Trukikaitis_Postimees, lk 76
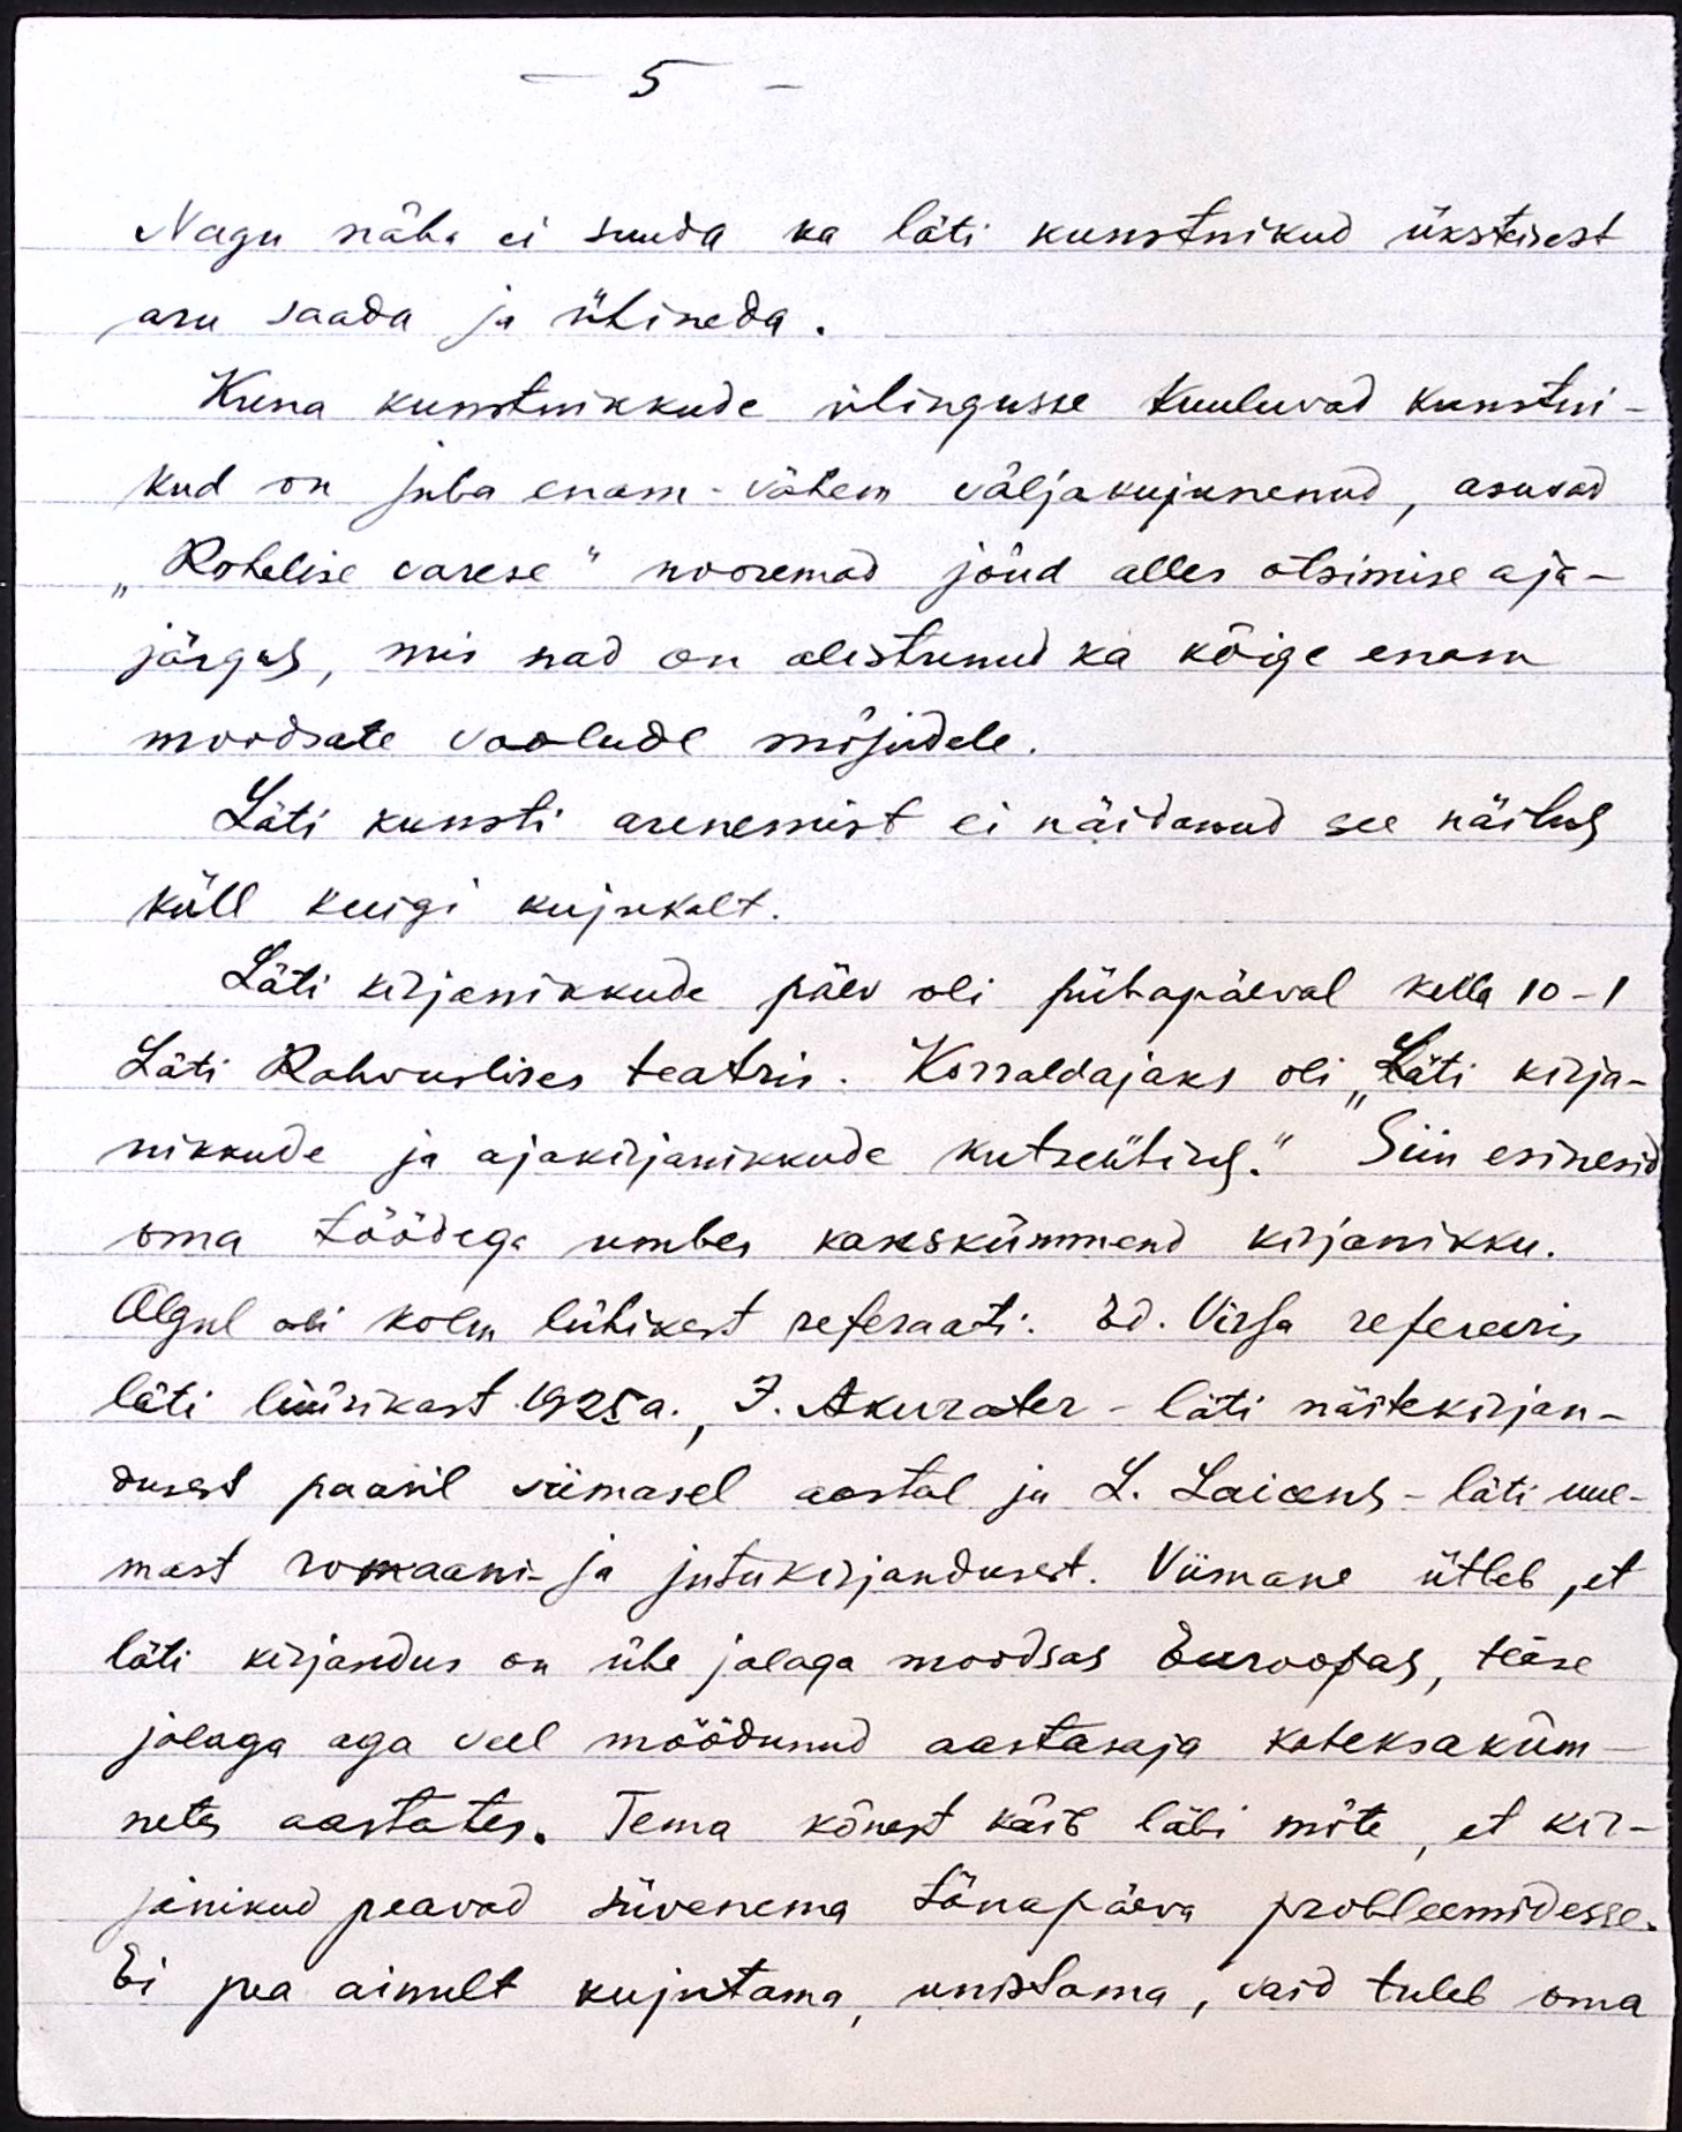
- 5 -
Nagu näha ei suuda ka läti kunstnikud üksteisest
aru saada ja ühineda.
Kuna kunstnikkude ühingusse kuuluvad kunstni-
kud on juba enam-vähem väljakujunenud, asuvad
"Rohelise varese" nooremad jõud alles otsimise aja-
järgus, mis nad on alistunud ka kõige enam
moodsate voolude mõjudele.
Läti kunsti arenemist ei näidanud see näitus
küll kuigi kujukalt.
Läti kirjanikkude päev oli pühapäeval kella 10-1
Läti Rahvuslises teatris. Korraldajaks oli "Läti kirja-
nikkude ja ajakirjanikkude kutseühing." Siin esinesid
oma töödega umbes kakskümmend kirjanikku.
Algul oli kolm lühikest referaati: Ed. Virsa refereeris
läti lüürikast 1925a., J. Akurater - läti näitekirjan-
dusest paaril viimasel aastal ja L. Laicens - läti uue-
mast romaani- ja jutukirjandusest. Viimane ütleb, et
läti kirjandus on ühe jalaga moodsas Euroopas, teise
jalaga aga veel möödunud aastasaja kaheksaküm-
netes aastates. Tema kõnest käib läbi mõte, et kir-
janikud peavad süvenema tänapäeva probleemidesse.
Ei pea ainult kujutama, unistama, vaid tuleb oma